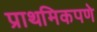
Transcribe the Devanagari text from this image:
प्राथमिकपणे